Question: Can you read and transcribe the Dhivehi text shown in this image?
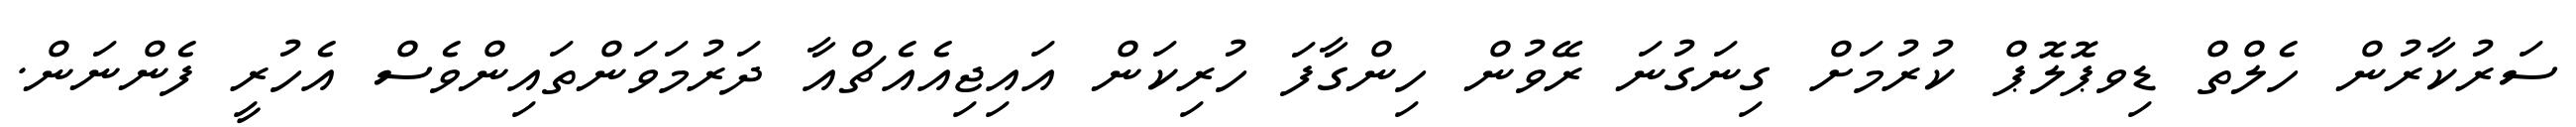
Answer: ސަރުކާރުން ހެލްތް ޑިވޕޮލޮޕް ކުރުމަށް ގިނަގުނަ ރޭވުން ހިންގާފަ ހުރިކަން އައިޖިއެއެޗްއާ ދަރުމަވަންތައިންވެސް އެހުރީ ފެންނަން.